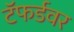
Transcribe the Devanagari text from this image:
टॅफर्डवर